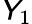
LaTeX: \mathsfit{Y}_{1}